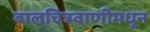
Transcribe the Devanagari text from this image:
बालचित्रवाणीमधून